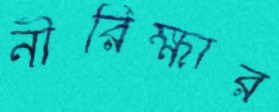
নীরিক্ষার